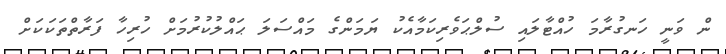
ން ވަނީ ހަނގުރާމަ ހުއްޓާލައި ސުލްޙަވެރިކަމާއެކު ޔަމަންގެ މައްސަލަ ޙައްލުކުރުމަށް ހުރިހާ ފަރާތްތަކަކަށް